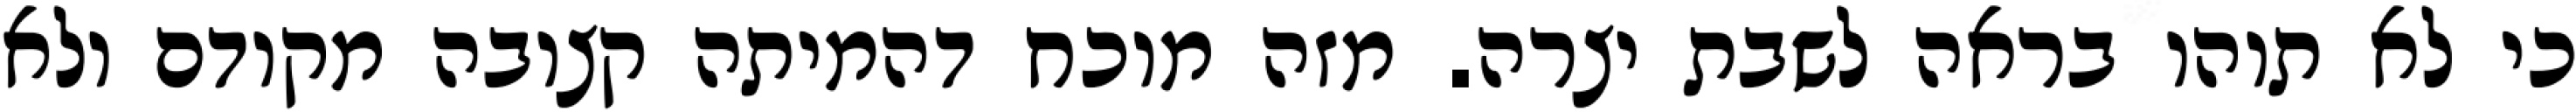
כי לא תוהו בראה לשבת יצרה. מזה מוכח דהמיתה קצובה מקודם ולא